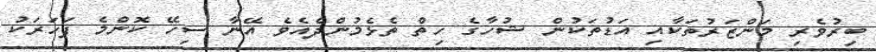
ބިރުވެރި މަންޒަރުތަކާއި އަޑުތަކުން ޝުހާގެ ހިތް ތެޅެމުންދެއެވެ އޭނާ ސިހޭ ކޮންމެ ފަހަރަކު